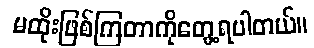
မထိုးဖြစ်ကြတာကိုတွေ့ရပါတယ်။